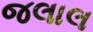
જલાલ